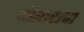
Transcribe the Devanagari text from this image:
गेरासचा